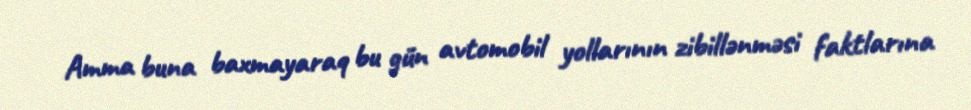
Amma buna baxmayaraq bu gün avtomobil yollarının zibillənməsi faktlarına